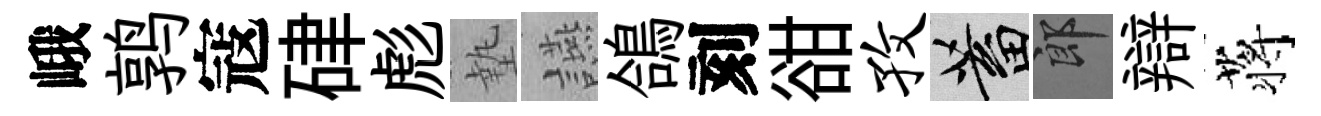
峨鹑寇硉彪墊讌鴿刻𧮳孜蓄郎辯蒋